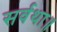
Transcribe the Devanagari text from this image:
सर्वथा॥